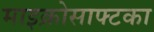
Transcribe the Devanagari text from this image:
माइक्रोसाफ्टका